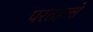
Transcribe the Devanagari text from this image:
परतहल्ले